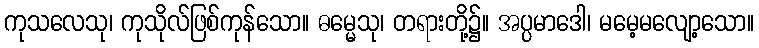
ကုသလေသု၊ ကုသိုလ်ဖြစ်ကုန်သော။ ဓမ္မေသု၊ တရားတို့၌။ အပ္ပမာဒေါ၊ မမေ့မလျော့သော။